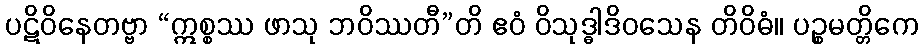
ပဋိဝိနေတဗ္ဗာ “ဣစ္စဿ ဖာသု ဘဝိဿတီ”တိ ဧဝံ ဝိသုဒ္ဓါဒိဝသေန တိဝိဓံ။ ပဉ္စမတ္တိကေ